Language: tamil
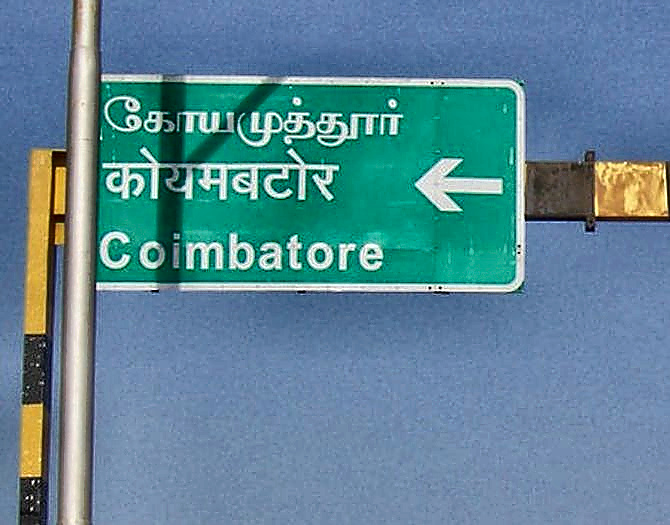
Transcription: கோயமுத்தூா்